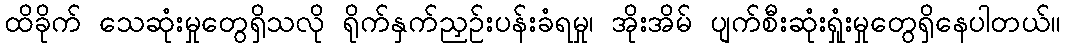
ထိခိုက် သေဆုံးမှုတွေရှိသလို ရိုက်နှက်ညှဉ်းပန်းခံရမှု၊ အိုးအိမ် ပျက်စီးဆုံးရှုံးမှုတွေရှိနေပါတယ်။